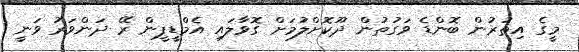
މީގެ އިތުރުން ބޮންޑެ ވަގުތުން ދޫކޮށްލުމަށް ގޮވާލައި އެމްޑީޕީން ރޭ ދަންވަރު ވަނީ